Indian Civil Veterinary Department memoirs
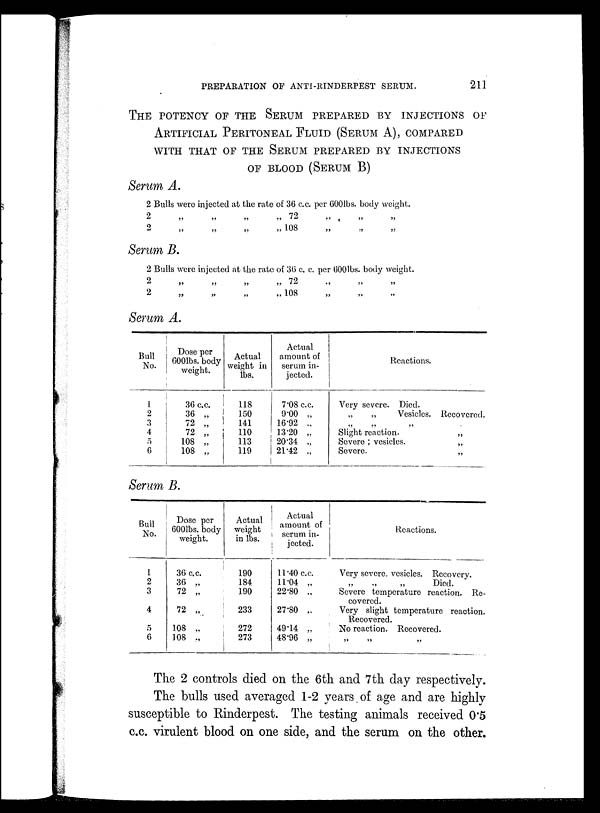
PREPARATION OF ANTI-RINDERPEST SERUM.
211
THE POTENCY OF THE SERUM PREPARED BY INJECTIONS OF
ARTIFICIAL PERITONEAL FLUID (SERUM A), COMPARED
WITH THAT OF THE SERUM PREPARED BY INJECTIONS
OF BLOOD (SERUM B)
Serum A.
2 Bulls were injected at the rate of 36 c.c. per 600lbs. body weight.
2
„
„
„
„ 72 „ „ „
2
„
„
„
„ 108 „ „ „
Serum B.
2 Bulls were injected at the rate of 36 c. c. per 600lbs. body weight.
2
„
„
„
„ 72 „ „ „
2
„
„
„
„ 108 „ „ „
Serum A.
Bull
No.
1
2
3
4
5
6
Dose per
600lbs. body
weight.
36 c.c.
36 „
72 „
72 „
108 „
108 „
Actual
weight in
lbs.
118
150
141
110
113
119
Actual
amount of
serum in-
jected.
7.08 c.c.
9.00 „
16.92 „
13.20 „
20.34 „
21.42 „
Reactions.
Very severe. Died.
„
„
Vesicles.
„ „ „
Slight reaction.
Severe ; vesicles.
Severe.
Recovered.
„
„
„
Serum B.
Bull
No.
1
2
3
4
5
6
Dose per
600lbs. body
weight.
36 c.c.
36 „
72 „
72 „
108 „
108 „
Actual
weight
in lbs.
190
184
190
233
272
273
Actual
amount of
serum in-
jected.
11.40 c.c.
11.04 „
22.80 „
27.80 „
49.14 „
48.96 „
Reactions.
Very severe, vesicles. Recovery.
„ „ „ Died.
Severe temperature reaction. Re-
covered.
Very slight temperature reaction.
Recovered.
No reaction. Recovered.
„ „ „
The 2 controls died on the 6th and 7th day respectively.
The bulls used averaged 1-2 years of age and are highly
susceptible to Rinderpest. The testing animals received 0.5
c.c. virulent blood on one side, and the serum on the other.